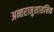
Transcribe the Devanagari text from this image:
अन्तरानुशासनिक